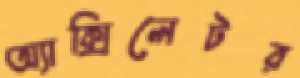
অ্যাক্সিলেটর